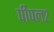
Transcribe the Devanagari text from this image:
पीपल२